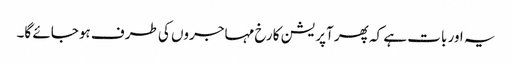
یہ اور بات ہے کہ پھر آپریشن کا رخ مہاجروں کی طرف ہوجائے گا۔